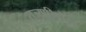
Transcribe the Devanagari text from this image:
राज्याभिषेख